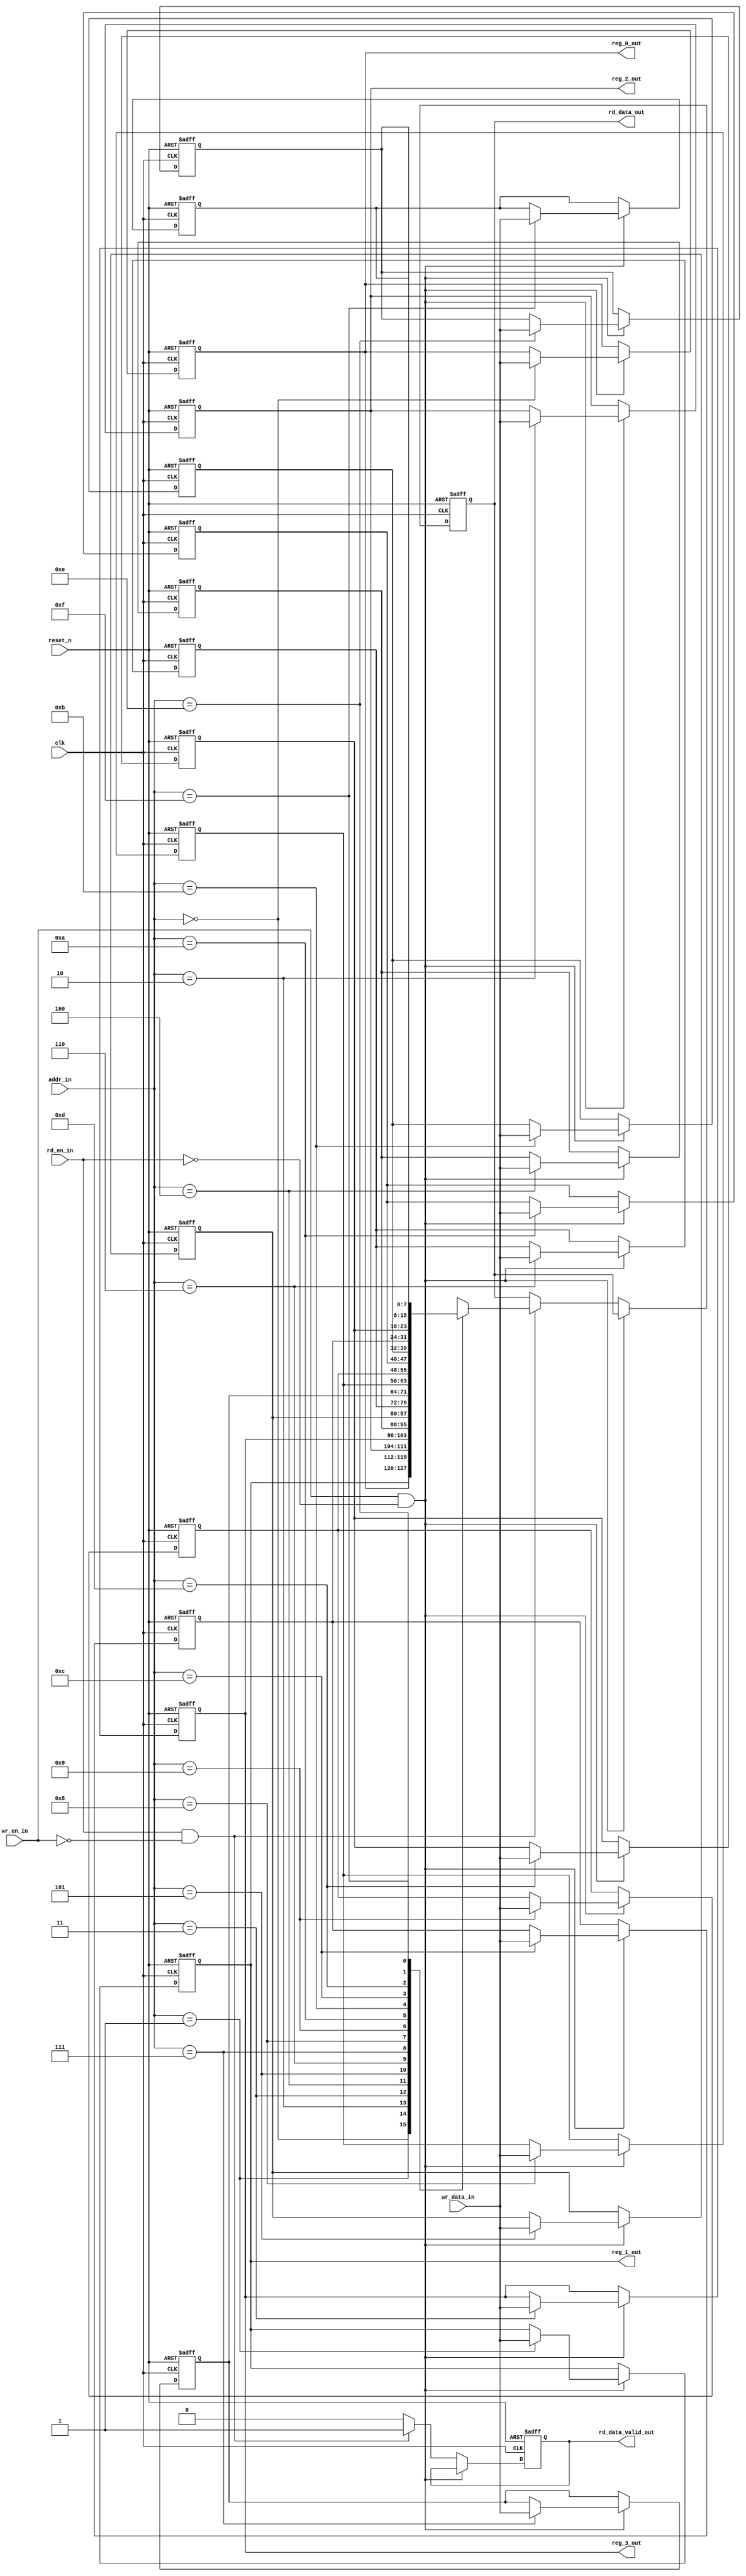
module reg_file #(parameter WIDTH=8, DEPTH=16, ADDR=4)
(
	input clk,
	input reset_n,
	input wr_en_in,
	input rd_en_in,
	input [ADDR-1:0] addr_in,
	input [WIDTH-1:0] wr_data_in,

	output reg [WIDTH-1:0] rd_data_out,
	output reg rd_data_valid_out,
	output wire [WIDTH-1:0] reg_0_out,
	output wire [WIDTH-1:0] reg_1_out,
	output wire [WIDTH-1:0] reg_2_out,
	output wire [WIDTH-1:0] reg_3_out
);

integer i;
reg [WIDTH-1:0] mem [DEPTH-1:0];

always @(posedge clk or negedge reset_n) begin : proc_mem
	if(~reset_n) 
	begin
		rd_data_out <= 8'b0;
		rd_data_valid_out <= 8'b0;
		for(i=0;i<DEPTH;i=i+1)
		begin
			if(i==2)
				mem[i] <= 8'b001000_01;
			else if(i==3)
				mem[i] <= 8'b0000_1000;
			else
				mem[i] <= 8'b0;
		end
	end 
	else if(wr_en_in && !rd_en_in)
	begin
		mem[addr_in] <= wr_data_in;		
	end
	else if(rd_en_in && !wr_en_in)
	begin
		rd_data_out <= mem[addr_in];
		rd_data_valid_out <= 1;
	end
	else
	begin
		rd_data_valid_out <= 0;
	end
end

assign reg_0_out = mem[0];
assign reg_1_out = mem[1];
assign reg_2_out = mem[2];
assign reg_3_out = mem[3];

endmodule